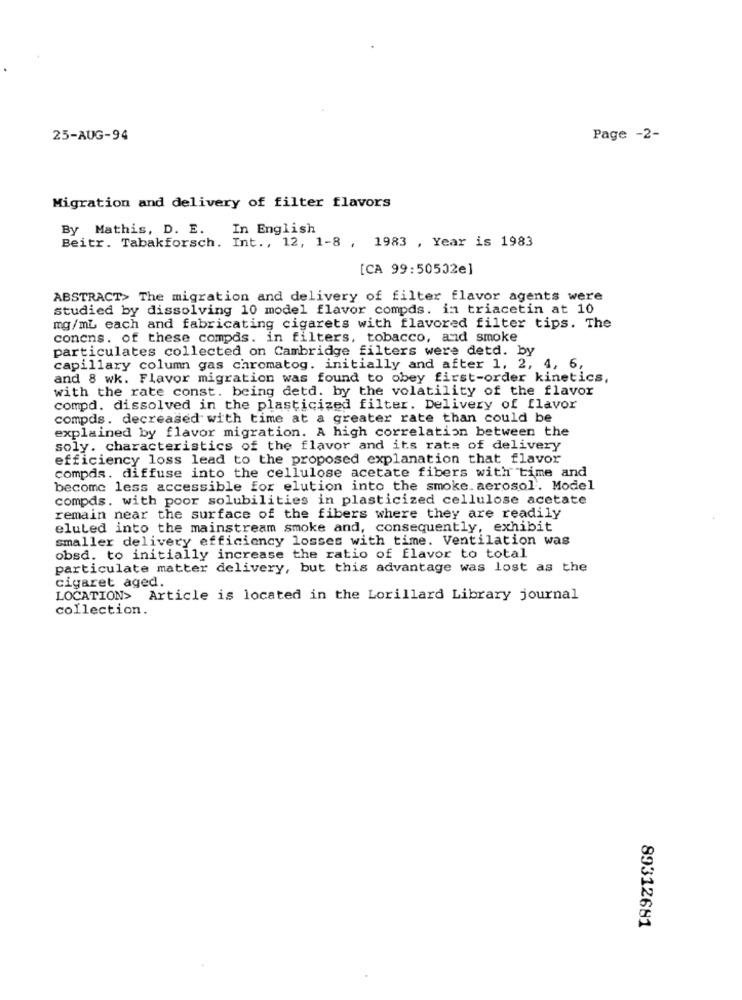
25-AUG-94
Page -2-
Migration and delivery of filter flavors
By Mathis, D. E.
In English
Beitr. Tabakforsch. Int ., 12, 1-8 , 1983 , Year is 1983
[CA 99:50502e]
ABSTRACT> The migration and delivery of filter flavor agents were
studied by dissolving 10 model flavor compds. in triacetin at 10
mg/mL each and fabricating cigarets with flavored filter tips. The
conens. of these compds. in filters, tobacco, and smoke
particulates collected on Cambridge filters were detd. by
capillary column gas chromatog. initially and after 1, 2, 4, 6,
and 8 wk. Flavor migration was found to obey first-order kinetics,
with the rate const. being detd. by the volatility of the flavor
compd. dissolved in the plasticized filter. Delivery of flavor
compds. decreased with time at a greater rate than could be
explained by flavor migration. A high correlation between the
soly. characteristics of the flavor and its rate of delivery
efficiency loss lead to the proposed explanation that flavor
compas. diffuse into the cellulose acetate fibers with time and
become less accessible for elution into the smoke. aerosol. Model
compds. with poor solubilities in plasticized cellulose acetate
remain near the surface of the fibers where they are readily
eluted into the mainstream smoke and, consequently, exhibit
smaller delivery efficiency losses with time. Ventilation was
obsd. to initially increase the ratio of flavor to total
particulate matter delivery, but this advantage was lost as the
cigaret aged.
LOCATION> Article is located in the Lorillard Library journal
collection.
89312681